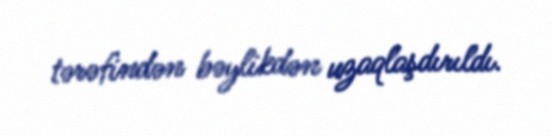
tərəfindən bəylikdən uzaqlaşdırıldı.